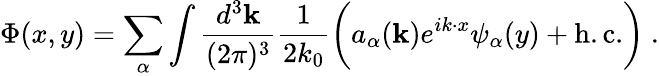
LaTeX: \Phi(x,y)=\sum_{\alpha}\int\frac{d^{3}{\mathbf k}}{(2\pi)^{3}}\frac{1}{2k_{0}}\biggl(a_{\alpha}({\mathbf k})e^{ik\cdot x}\psi_{\alpha}(y)+\mathrm{h.c.}\biggr)\ .